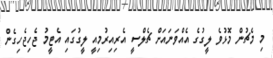
މި މެޗުން މޮޅުވެ ލީގުގެ އެއްވަނައަށް ޗެލްސީ އެރިއިރުމިއީ ލީގުގައި އެޓީމު ޖެހިޖެހިގެން